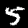
Label: 5